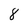
Character: 8